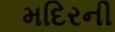
મદિરની